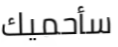
سأحميك